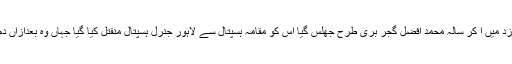
جس کی زد میں آ کر سالہ محمد افضل گجر بری طرح جھلس گیا اس کو مقامہ ہسپتال سے لاہور جنرل ہسپتال منقتل کیا گیا جہاں وہ بعدازاں دم توڑ گیا۔